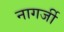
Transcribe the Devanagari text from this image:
नागर्जी